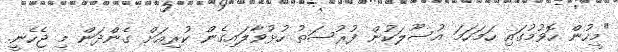
"މީހުން ހޮވުމުގައި ހަމަހަމަ އުސޫލަކުން ފުރުސަތު ހުޅުވާލައިގެން ކުރިއަށް ގެންދަން މި ޖެހެނީ.